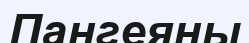
Пангеяны